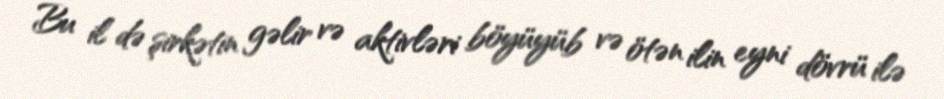
Bu il də şirkətin gəlir və aktivləri böyüyüb və ötən ilin eyni dövrü ilə